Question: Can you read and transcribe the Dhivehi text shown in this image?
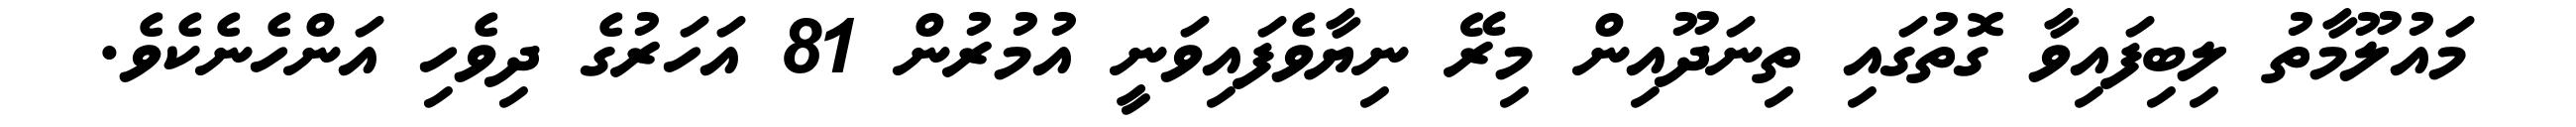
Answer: މައުލޫމާތު ލިބިފައިވާ ގޮތުގައި ތިނަދޫއިން މިރޭ ނިޔާވެފައިވަނީ އުމުރުން 81 އަހަރުގެ ދިވެހި އަންހެނެކެވެ.